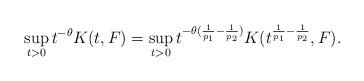
LaTeX: \begin{align*}\sup_{t>0}t^{-\theta}K(t,F)=\sup_{t>0}t^{-\theta(\frac1{p_1}-\frac1{p_2})}K(t^{\frac1{p_1}-\frac1{p_2}},F).\end{align*}